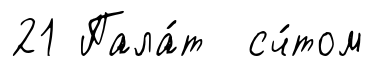
21 Пала́т сч́том